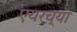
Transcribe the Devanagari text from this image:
एयरच्या